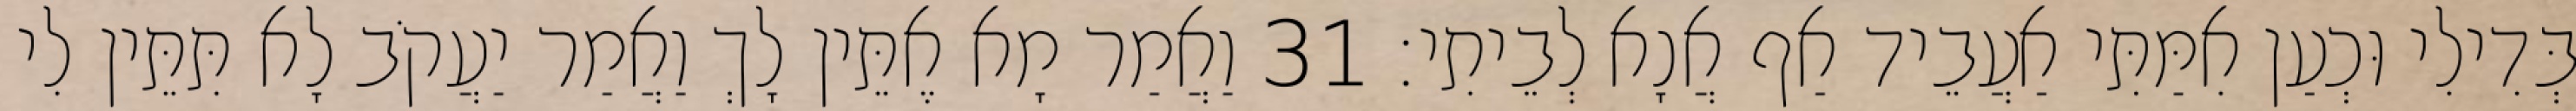
בְּדִילִי וּכְעַן אִמַּתִּי אַעֲבֵיד אַף אֲנָא לְבֵיתִי׃ 31 וַאֲמַר מָא אֶתֵּין לָךְ וַאֲמַר יַעֲקֹב לָא תִּתֵּין לִי